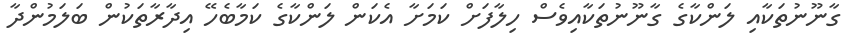
ގާނޫނުތަކާއި ލަންކާގެ ގާނޫނުތަކާއިވެސް ހިލާފަށް ކަމަށާ އެކަން ލަންކާގެ ކަމާބެހޭ އިދާރާތަކުން ބަލަމުންދާ